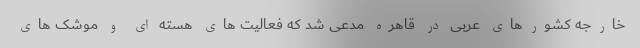
خارجه کشورهای عربی در قاهره مدعی شد که فعالیت های هسته ای و موشک های